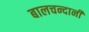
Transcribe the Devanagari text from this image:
बालचन्दानी